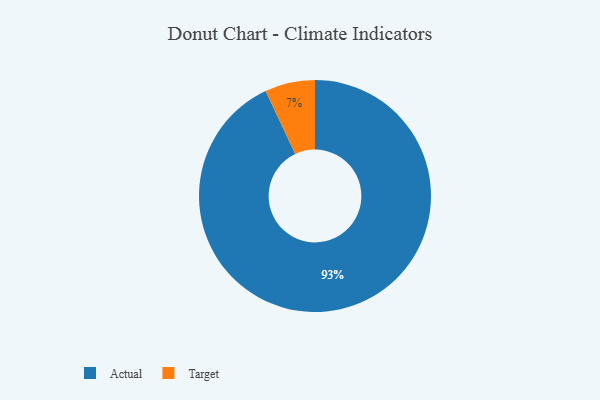
{"axis": {"x": "Category", "y": "Percentage"}, "legend": ["Actual", "Target"], "data": [{"x": "Actual", "y": 93, "type": "Actual"}, {"x": "Target", "y": 7, "type": "Target"}]}